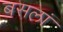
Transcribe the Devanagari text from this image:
बसलां